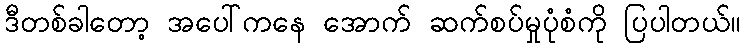
ဒီတစ်ခါတော့ အပေါ်ကနေ အောက် ဆက်စပ်မှုပုံစံကို ပြပါတယ်။